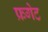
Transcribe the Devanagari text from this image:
फ्रगेट